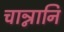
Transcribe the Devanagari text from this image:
चान्नानि